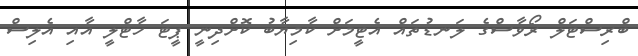
ބްރިސްޓަލް ރޯވާސްގެ ލަނޑުތައް އެޓީމަށް ކާމިޔާބު ކޮށްދިނީ ޕީޓަ ހާޓްލީ އާއި އެލިސް